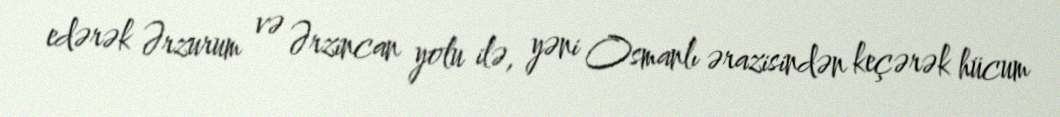
edərək Ərzurum və Ərzincan yolu ilə, yəni Osmanlı ərazisindən keçərək hücum